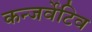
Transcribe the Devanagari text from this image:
कन्जर्वेटिव